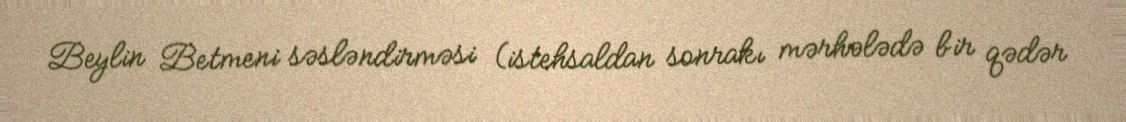
Beylin Betmeni səsləndirməsi (istehsaldan sonrakı mərhələdə bir qədər